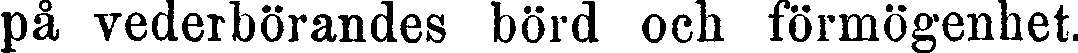
på vederbörandes börd och förmögenhet.